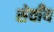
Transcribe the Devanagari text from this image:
सेवाँय